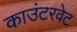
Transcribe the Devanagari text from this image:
काउंटरवेट